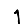
Digit: 1